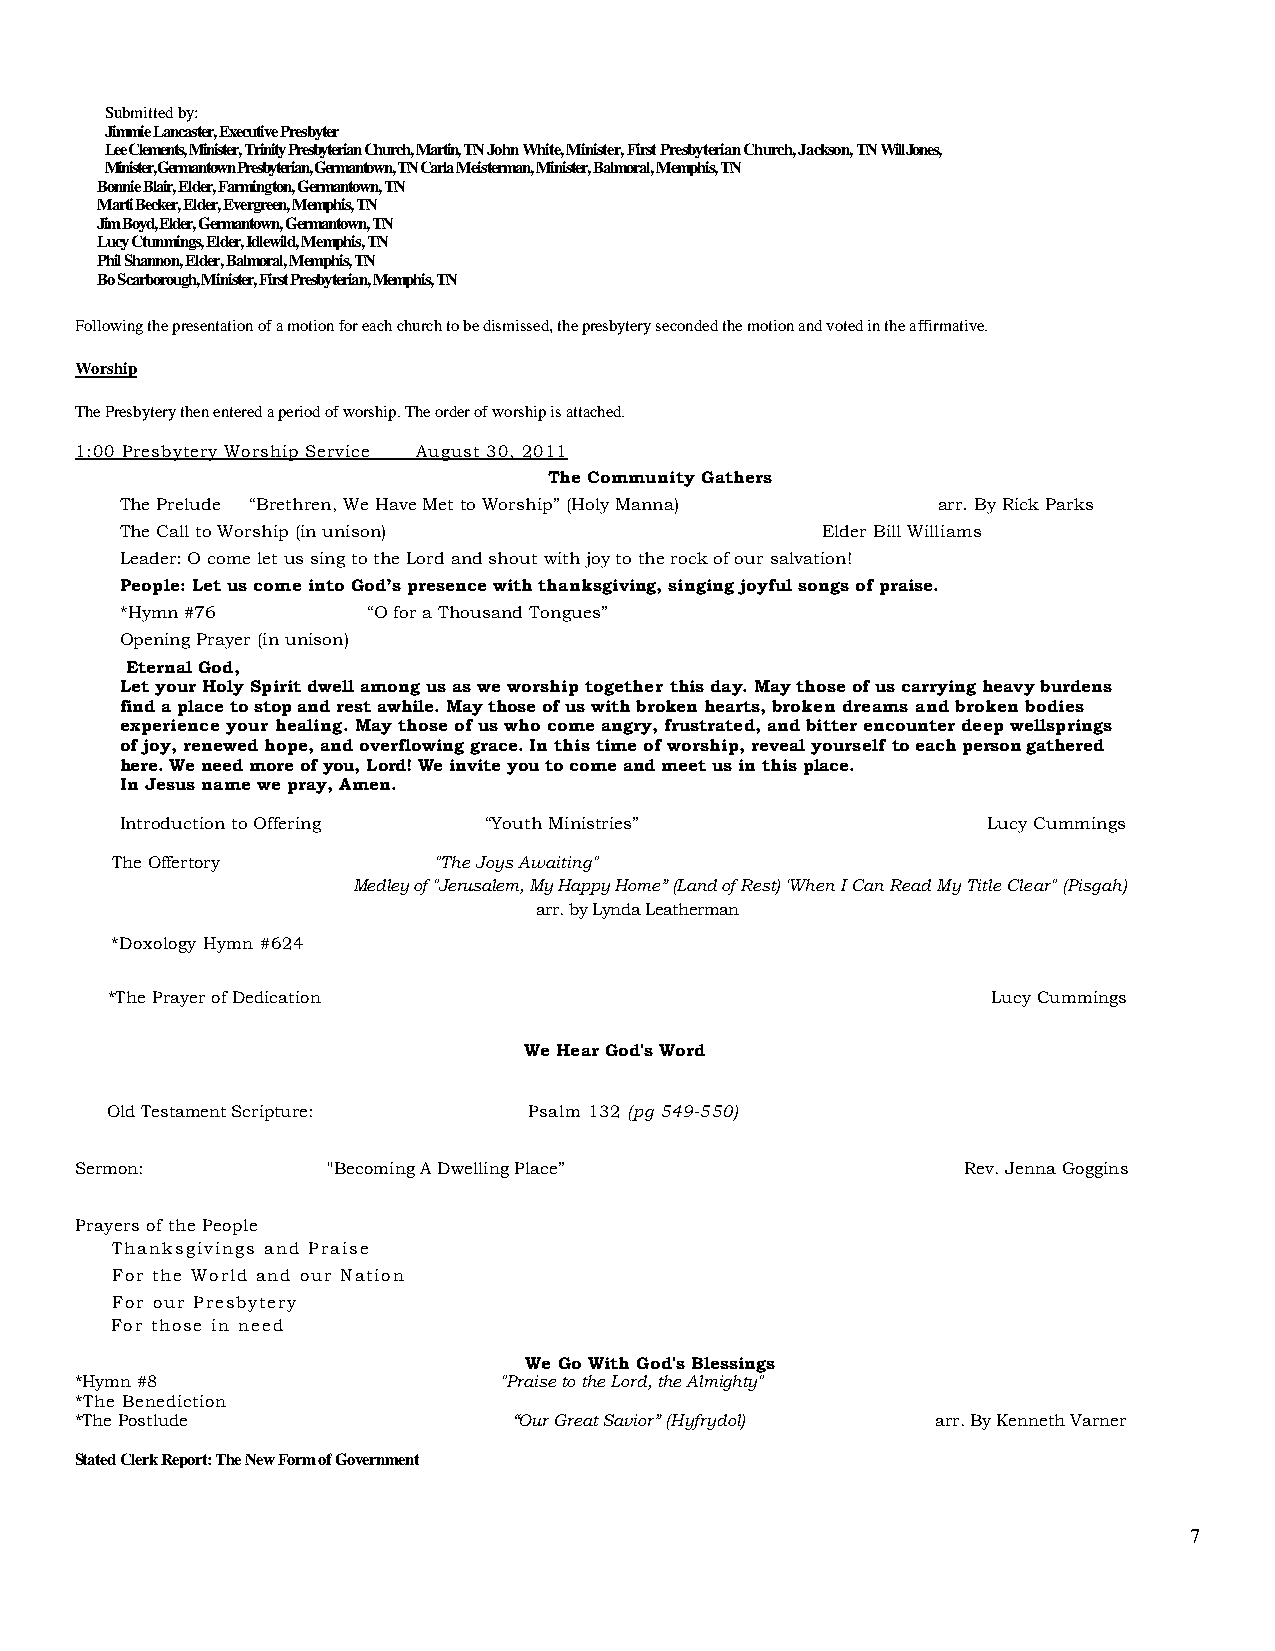
Submitted by:
 Jimmie Lancaster, Executive Presbyter
 Lee Clements, Minister, Trinity Presbyterian Church, Martin, TN John White, Minister, First Presbyterian Church, Jackson, TN Will Jones,
 Minister, Germantown Presbyterian, Germantown, TN Carla Meisterman, Minister, Balmoral, Memphis, TN
 Bonnie Blair, Elder, Farmington, Germantown, TN
 Marti Becker, Elder, Evergreen, Memphis, TN
 Jim Boyd, Elder, Germantown, Germantown, TN
 Lucy Ctunmings, Elder, Idlewild, Memphis, TN
 Phil Shannon, Elder, Balmoral, Memphis, TN
 Bo Scarborough, Minister, First Presbyterian, Memphis, TN
 Following the presentation of a motion for each church to be dismissed, the presbytery seconded the motion and voted in the affirmative.
 Worship
 The Presbytery then entered a period of worship. The order of worship is attached.
 1:00 Presbytery Worship Service August 30, 2011
 The Community Gathers
 The Prelude “Brethren, We Have Met to Worship” (Holy Manna) arr. By Rick Parks
 The Call to Worship (in unison)               Elder Bill Williams
 Leader: O come let us sing to the Lord and shout with joy to the rock of our salvation!
 People: Let us come into God’s presence with thanksgiving, singing joyful songs of praise.
 *Hymn #76       “O for a Thousand Tongues”
 Opening Prayer (in unison)
 Eternal God,
 Let your Holy Spirit dwell among us as we worship together this day. May those of us carrying heavy burdens
 find a place to stop and rest awhile. May those of us with broken hearts, broken dreams and broken bodies
 experience your healing. May those of us who come angry, frustrated, and bitter encounter deep wellsprings
 of joy, renewed hope, and overflowing grace. In this time of worship, reveal yourself to each person gathered
 here. We need more of you, Lord! We invite you to come and meet us in this place.
 In Jesus name we pray, Amen.
 Introduction to Offering “Youth Ministries”              Lucy Cummings
 The Offertory         "The Joys Awaiting"
 Medley of "Jerusalem, My Happy Home” (Land of Rest) 'When I Can Read My Title Clear" (Pisgah)
 arr. by Lynda Leatherman
 *Doxology Hymn #624
 *The Prayer of Dedication                                  Lucy Cummings
 We Hear God's Word
 Old Testament Scripture:    Psalm 132 (pg 549-550)
 Sermon:          "Becoming A Dwelling Place”               Rev. Jenna Goggins
 Prayers of the People
 Thanksgivings and Praise
 For the World and our Nation
 For our Presbytery
 For those in need
 We Go With God's Blessings
 *Hymn #8                    "Praise to the Lord, the Almighty"
 *The Benediction
 *The Postlude                “Our Great Savior” (Hyfrydol) arr. By Kenneth Varner
 Stated Clerk Report: The New Form of Government
 7